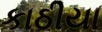
કાઠીયા